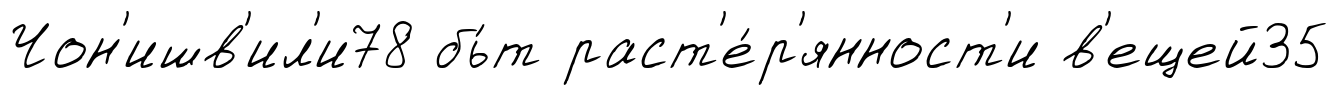
Чон'ишв'ил'и78 бь́т раст'е́р'янност'и в'ещей35